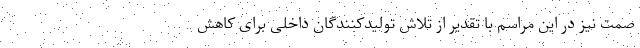
صمت نیز در این مراسم با تقدیر از تلاش تولیدکنندگان داخلی برای کاهش